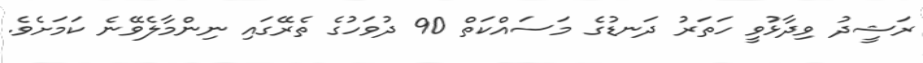
ރަޝީދު ވިދާޅުވީ ހަތަރު ދަނޑުގެ މަސައްކަތް 90 ދުވަހުގެ ތެރޭގައި ނިންމާލެވޭނެ ކަމަށެވެ.